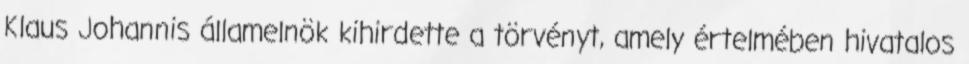
Klaus Johannis államelnök kihirdette a törvényt, amely értelmében hivatalos